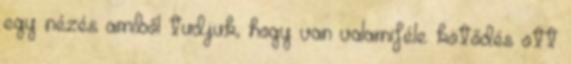
egy nézés amiből tudjuk, hogy van valamiféle kötődés ott